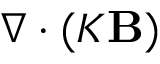
\nabla \cdot ( { \cal { K } } { \bf { B } } )